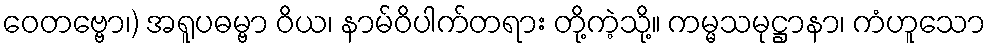
ဝေတဗ္ဗော၊) အရူပဓမ္ဗာ ဝိယ၊ နာမ်ဝိပါက်တရား တို့ကဲ့သို့။ ကမ္မသမုဋ္ဌာနာ၊ ကံဟူသော